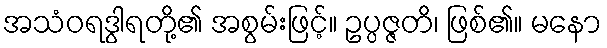
အသံဝရဒွါရတို့၏ အစွမ်းဖြင့်။ ဥပ္ပဇ္ဇတိ၊ ဖြစ်၏။ မနော